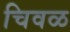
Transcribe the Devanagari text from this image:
चिवळ